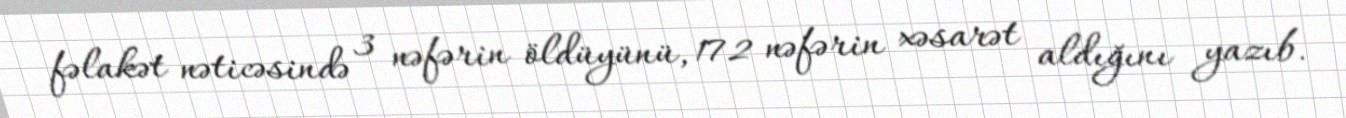
fəlakət nəticəsində 3 nəfərin öldüyünü, 172 nəfərin xəsarət aldığını yazıb.